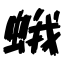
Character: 蛾